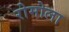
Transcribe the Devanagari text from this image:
रोमोला